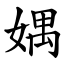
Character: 媀